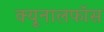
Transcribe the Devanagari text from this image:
क्‍यूनालफॉस